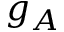
g _ { A }